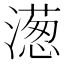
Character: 濍